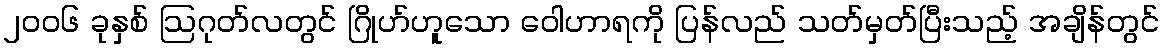
၂၀၀၆ ခုနှစ် ဩဂုတ်လတွင် ဂြိုဟ်ဟူသော ဝေါဟာရကို ပြန်လည် သတ်မှတ်ပြီးသည့် အချိန်တွင်